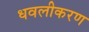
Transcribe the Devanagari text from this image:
धवलीकरण